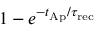
1 - e ^ { - t _ { \mathrm { A p } } / \tau _ { \mathrm { r e c } } }